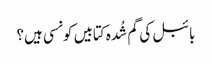
بائبل کی گم شُدہ کتابیں کونسی ہیں؟